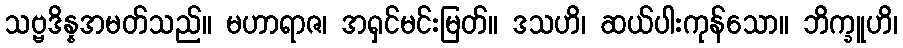
သဗ္ဗဒိန္နအမတ်သည်။ မဟာရာဇ၊ အရှင်မင်းမြတ်။ ဒသဟိ၊ ဆယ်ပါးကုန်သော။ ဘိက္ခူဟိ၊